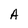
Character: A